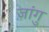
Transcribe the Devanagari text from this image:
जांगु